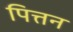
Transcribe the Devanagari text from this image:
पित्तन